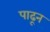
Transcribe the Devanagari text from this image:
पाढून